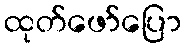
ထုတ်ဖော်ပြော